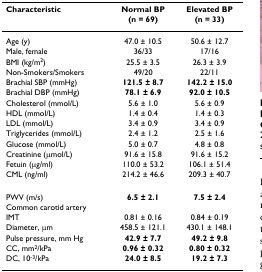
<table><thead><tr><td><b>Characteristic</b></td><td><b>Normal BP</b></td><td><b>Elevated BP</b></td></tr><tr><td></td><td><b>(n = 69)</b></td><td><b>(n = 33)</b></td></tr></thead><tbody><tr><td>Age (y)</td><td>47.0 ± 10.5</td><td>50.6 ± 12.7</td></tr><tr><td>Male, female</td><td>36/33</td><td>17/16</td></tr><tr><td>BMI (kg/m<sup>2</sup>)</td><td>25.5 ± 3.5</td><td>26.3 ± 3.9</td></tr><tr><td>Non-Smokers/Smokers</td><td>49/20</td><td>22/11</td></tr><tr><td>Brachial SBP (mmHg)</td><td><b>121.5 ± 8.7</b></td><td><b>142.2 ± 15.0</b></td></tr><tr><td>Brachial DBP (mmHg)</td><td><b>78.1 ± 6.9</b></td><td><b>92.0 ± 10.5</b></td></tr><tr><td>Cholesterol (mmol/L)</td><td>5.6 ± 1.0</td><td>5.6 ± 0.9</td></tr><tr><td>HDL (mmol/L)</td><td>1.4 ± 0.4</td><td>1.4 ± 0.3</td></tr><tr><td>LDL (mmol/L)</td><td>3.4 ± 0.9</td><td>3.4 ± 0.9</td></tr><tr><td>Triglycerides (mmol/L)</td><td>2.4 ± 1.2</td><td>2.5 ± 1.6</td></tr><tr><td>Glucose (mmol/L)</td><td>5.0 ± 0.7</td><td>4.8 ± 0.8</td></tr><tr><td>Creatinine (μmol/L)</td><td>91.6 ± 15.8</td><td>91.6 ± 15.2</td></tr><tr><td>Fetuin (μg/ml)</td><td>110.0 ± 53.2</td><td>106.1 ± 51.4</td></tr><tr><td>CML (ng/ml)</td><td>214.2 ± 46.6</td><td>209.3 ± 40.7</td></tr><tr><td>PWV (m/s)</td><td><b>6.5 ± 2.1</b></td><td><b>7.5 ± 2.4</b></td></tr><tr><td>Common carotid artery</td><td></td><td></td></tr><tr><td>IMT</td><td>0.81 ± 0.16</td><td>0.84 ± 0.19</td></tr><tr><td>Diameter, μm</td><td>458.5 ± 121.1</td><td>430.1 ± 148.1</td></tr><tr><td>Pulse pressure, mm Hg</td><td><b>42.9 ± 7.7</b></td><td><b>49.2 ± 9.8</b></td></tr><tr><td>CC, mm<sup>2</sup>/kPa</td><td><b>0.96 ± 0.32</b></td><td><b>0.80 ± 0.32</b></td></tr><tr><td>DC, 10<sup>-3</sup>/kPa</td><td><b>24.0 ± 8.5</b></td><td><b>19.2 ± 7.3</b></td></tr></tbody></table>